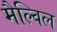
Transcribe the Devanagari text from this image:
मैल्विल